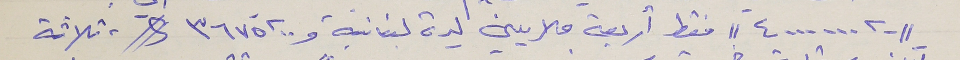
//٤٠٠٠٠٠٠.٠٠// فقط أربعة ملايين ليرة لبنانية و٣٦٧٥.٠٠ $، ثلاثة